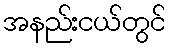
အနည်းငယ်တွင်